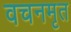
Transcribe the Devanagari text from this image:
वचनमृत